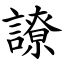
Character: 䜍